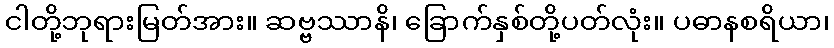
ငါတို့ဘုရားမြတ်အား။ ဆဗ္ဗဿာနိ၊ ခြောက်နှစ်တို့ပတ်လုံး။ ပဓာနစရိယာ၊